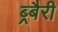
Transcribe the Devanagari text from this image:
ब्र्बैरी